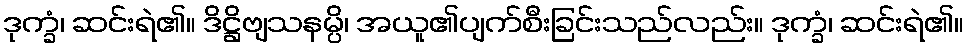
ဒုက္ခံ၊ ဆင်းရဲ၏။ ဒိဋ္ဌိဗျသနမ္ပိ၊ အယူ၏ပျက်စီးခြင်းသည်လည်း။ ဒုက္ခံ၊ ဆင်းရဲ၏။